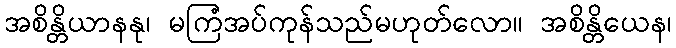
အစိန္တိယာနနု၊ မကြံအပ်ကုန်သည်မဟုတ်လော။ အစိန္တိယေန၊